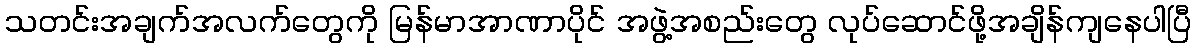
သတင်းအချက်အလက်တွေကို မြန်မာအာဏာပိုင် အဖွဲ့အစည်းတွေ လုပ်ဆောင်ဖို့အချိန်ကျနေပါပြီ